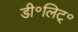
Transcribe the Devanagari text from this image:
डी॰लिट्॰